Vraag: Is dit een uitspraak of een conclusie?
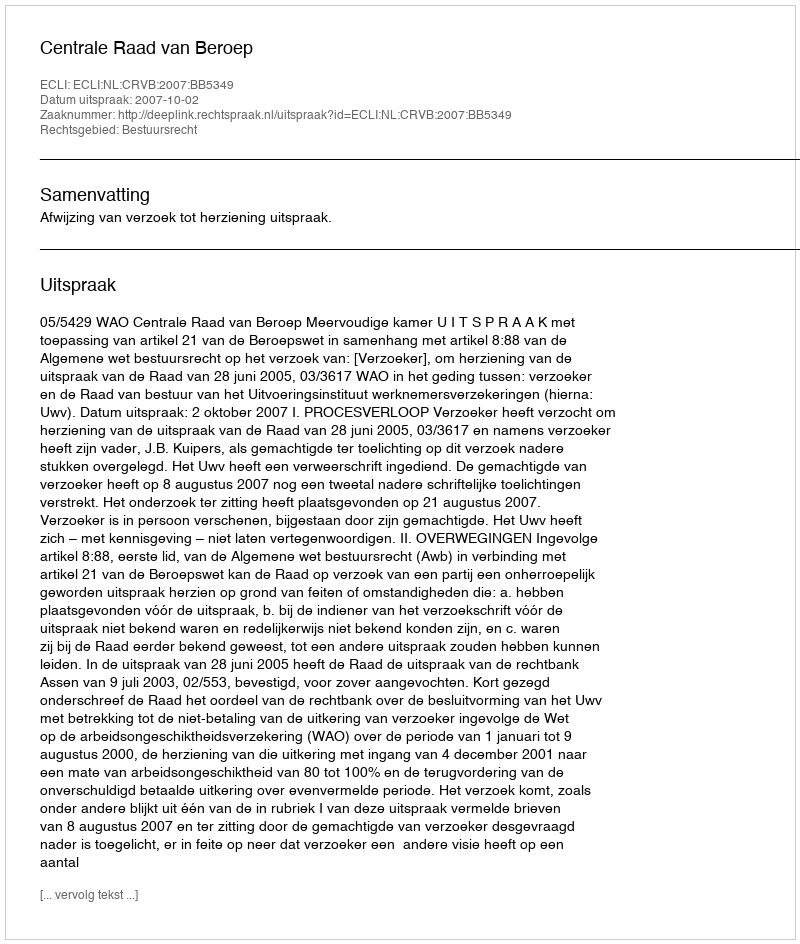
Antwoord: Uitspraak